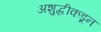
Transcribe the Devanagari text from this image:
अशुद्धीकडून